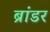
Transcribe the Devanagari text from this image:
ब्रांडर